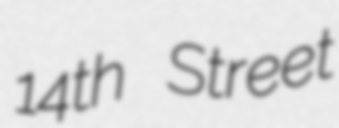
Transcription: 14th Street